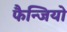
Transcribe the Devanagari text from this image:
फैन्जियो